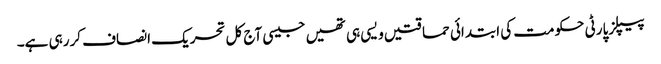
پیپلزپارٹی حکومت کی ابتدائی حماقتیں ویسی ہی تھیں جیسی آج کل تحریک انصاف کررہی ہے۔